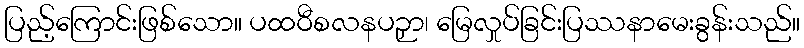
ပြည့်ကြောင်းဖြစ်သော။ ပထဝီစလနပဉှာ၊ မြေလှုပ်ခြင်းပြဿနာမေးခွန်းသည်။